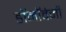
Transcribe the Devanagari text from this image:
डॉनॉवेनी